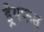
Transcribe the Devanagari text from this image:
ड्रेयफस